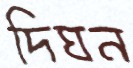
দিঘন